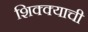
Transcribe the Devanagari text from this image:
शिक्क्याची